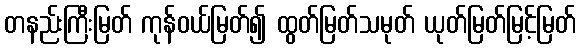
တနည်းကြီးမြတ် ကုန်ဝယ်မြတ်၍ ထွတ်မြတ်သမုတ် ယုတ်မြတ်မြင့်မြတ်